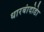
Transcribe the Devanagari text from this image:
धारबांदोडाे